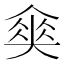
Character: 𡙫